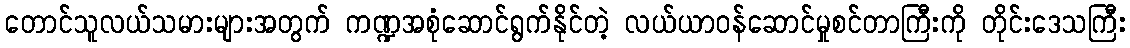
တောင်သူလယ်သမားများအတွက် ကဏ္ဍအစုံဆောင်ရွက်နိုင်တဲ့ လယ်ယာဝန်ဆောင်မှုစင်တာကြီးကို တိုင်းဒေသကြီး